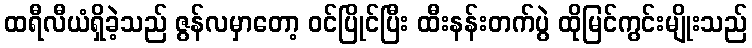
ထရီလီယံရှိခဲ့သည် ဇွန်လမှာတော့ ဝင်ပြိုင်ပြီး ထီးနန်းတက်ပွဲ ထိုမြင်ကွင်းမျိုးသည်